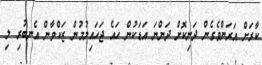
ކާރަށް އަރަންވެގެން ދަނިކޮށް ދަންނަ އަޑަކުން ހައެ ޖަހައިލުމުން ޒަކްވާން އެނބުރި ލި